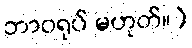
ဘာဝရုပ် မဟုတ်။)